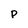
Character: P